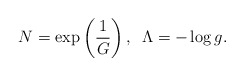
\begin{align*}N = \exp \left(\frac{1}{G}\right), \,\,\, \Lambda = - \log g.\end{align*}